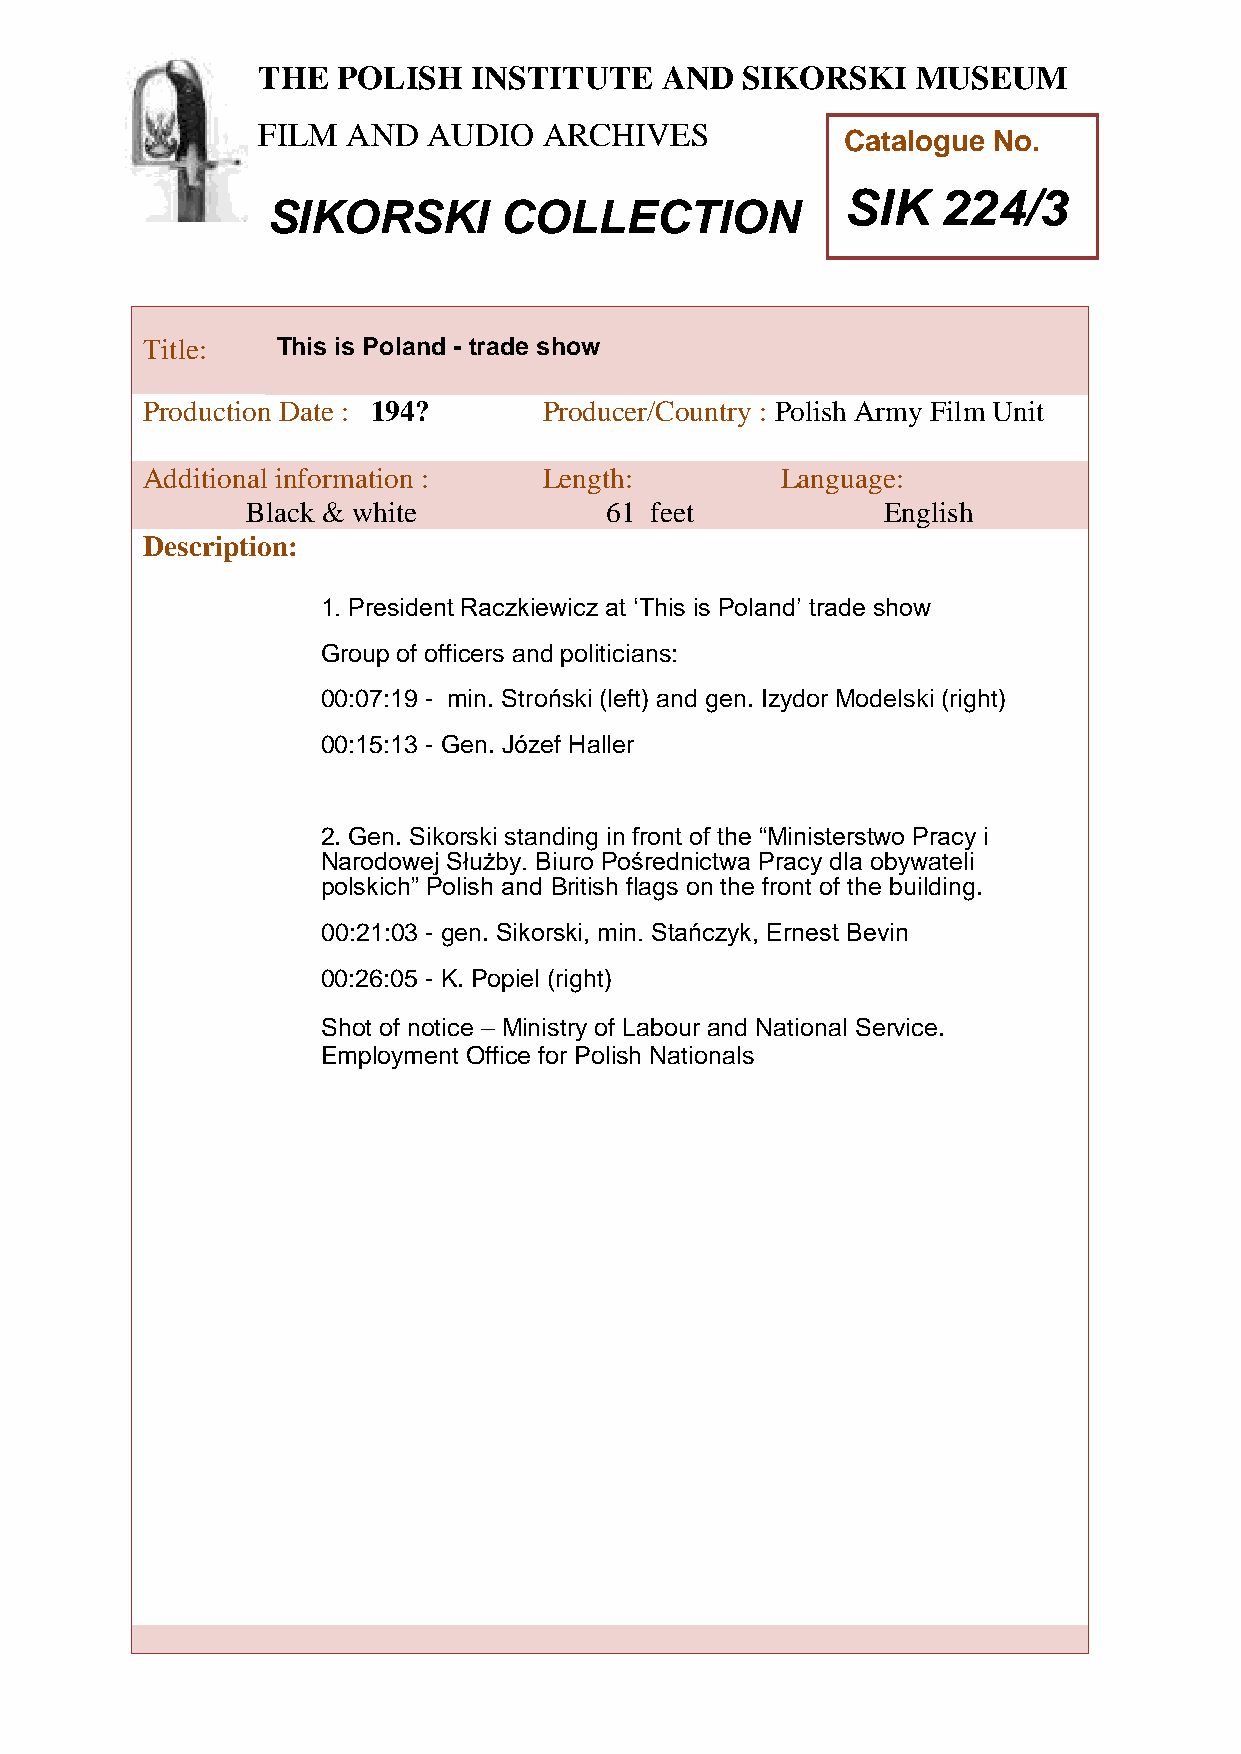
THE  POLISH   INSTITUTE    AND  SIKORSKI    MUSEUM
 FILM  AND  AUDIO   ARCHIVES
 Catalogue No.
 SIK   224/3
 SIKORSKI       COLLECTION
 TTitle:     This is Poland - trade show
 h
 Peroduction Date : 194?    Producer/Country : Polish Army Film Unit
 AddiPtional information :  Length:         Language:
 oBlack & white           61 feet           English
 l
 i
 Description:
 s
 h
 1. President Raczkiewicz at ‘This is Poland’ trade show
 I
 Group of officers and politicians:
 n
 00:07:1s9 - min. Stroński (left) and gen. Izydor Modelski (right)
 t
 i
 00:15:13 - Gten. Józef Haller
 u
 t
 2. Gen. Sikorski setanding in front of the “Ministerstwo Pracy i
 Narodowej Służby. Biuro Pośrednictwa Pracy dla obywateli
 polskich” Polish and Baritish flags on the front of the building.
 n
 00:21:03 - gen. Sikorski, min. Stańczyk, Ernest Bevin
 d
 00:26:05 - K. Popiel (right)
 S
 Shot of notice – Ministry of Labouri and National Service.
 Employment Office for Polish Nationkals
 o
 r
 s
 k
 i
 M
 u
 s
 e
 u
 m